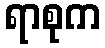
ရာစုက